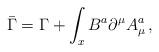
LaTeX: \begin{align*}\bar{\Gamma}=\Gamma +\displaystyle\int_xB^a{\partial }^\mu A_\mu ^a\, ,\end{align*}